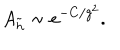
A _ { \tilde { h } } \sim e ^ { - C / g ^ { 2 } } .